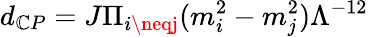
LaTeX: d_{\mathbb{C}P}=J\Pi_{i\neqj}(m_{i}^{2}-m_{j}^{2})\Lambda^{-12}